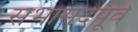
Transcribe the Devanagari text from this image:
सभासदपूर्व